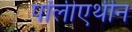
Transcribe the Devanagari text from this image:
पॉलीएथीन